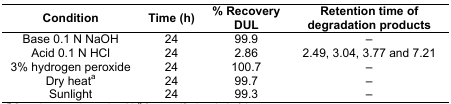
<table><thead><tr><td><b>Condition</b></td><td><b>Time (h)</b></td><td><b>% Recovery DUL</b></td><td><b>Retention time of degradation products</b></td></tr></thead><tbody><tr><td>Base 0.1 N NaOH</td><td>24</td><td>99.9</td><td>–</td></tr><tr><td>Acid 0.1 N HCl</td><td>24</td><td>2.86</td><td>2.49, 3.04, 3.77 and 7.21</td></tr><tr><td>3% hydrogen peroxide</td><td>24</td><td>100.7</td><td>–</td></tr><tr><td>Dry heata</td><td>24</td><td>99.7</td><td>–</td></tr><tr><td>Sunlight</td><td>24</td><td>99.3</td><td>–</td></tr></tbody></table>